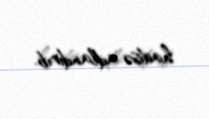
hadisə adlandırıb.